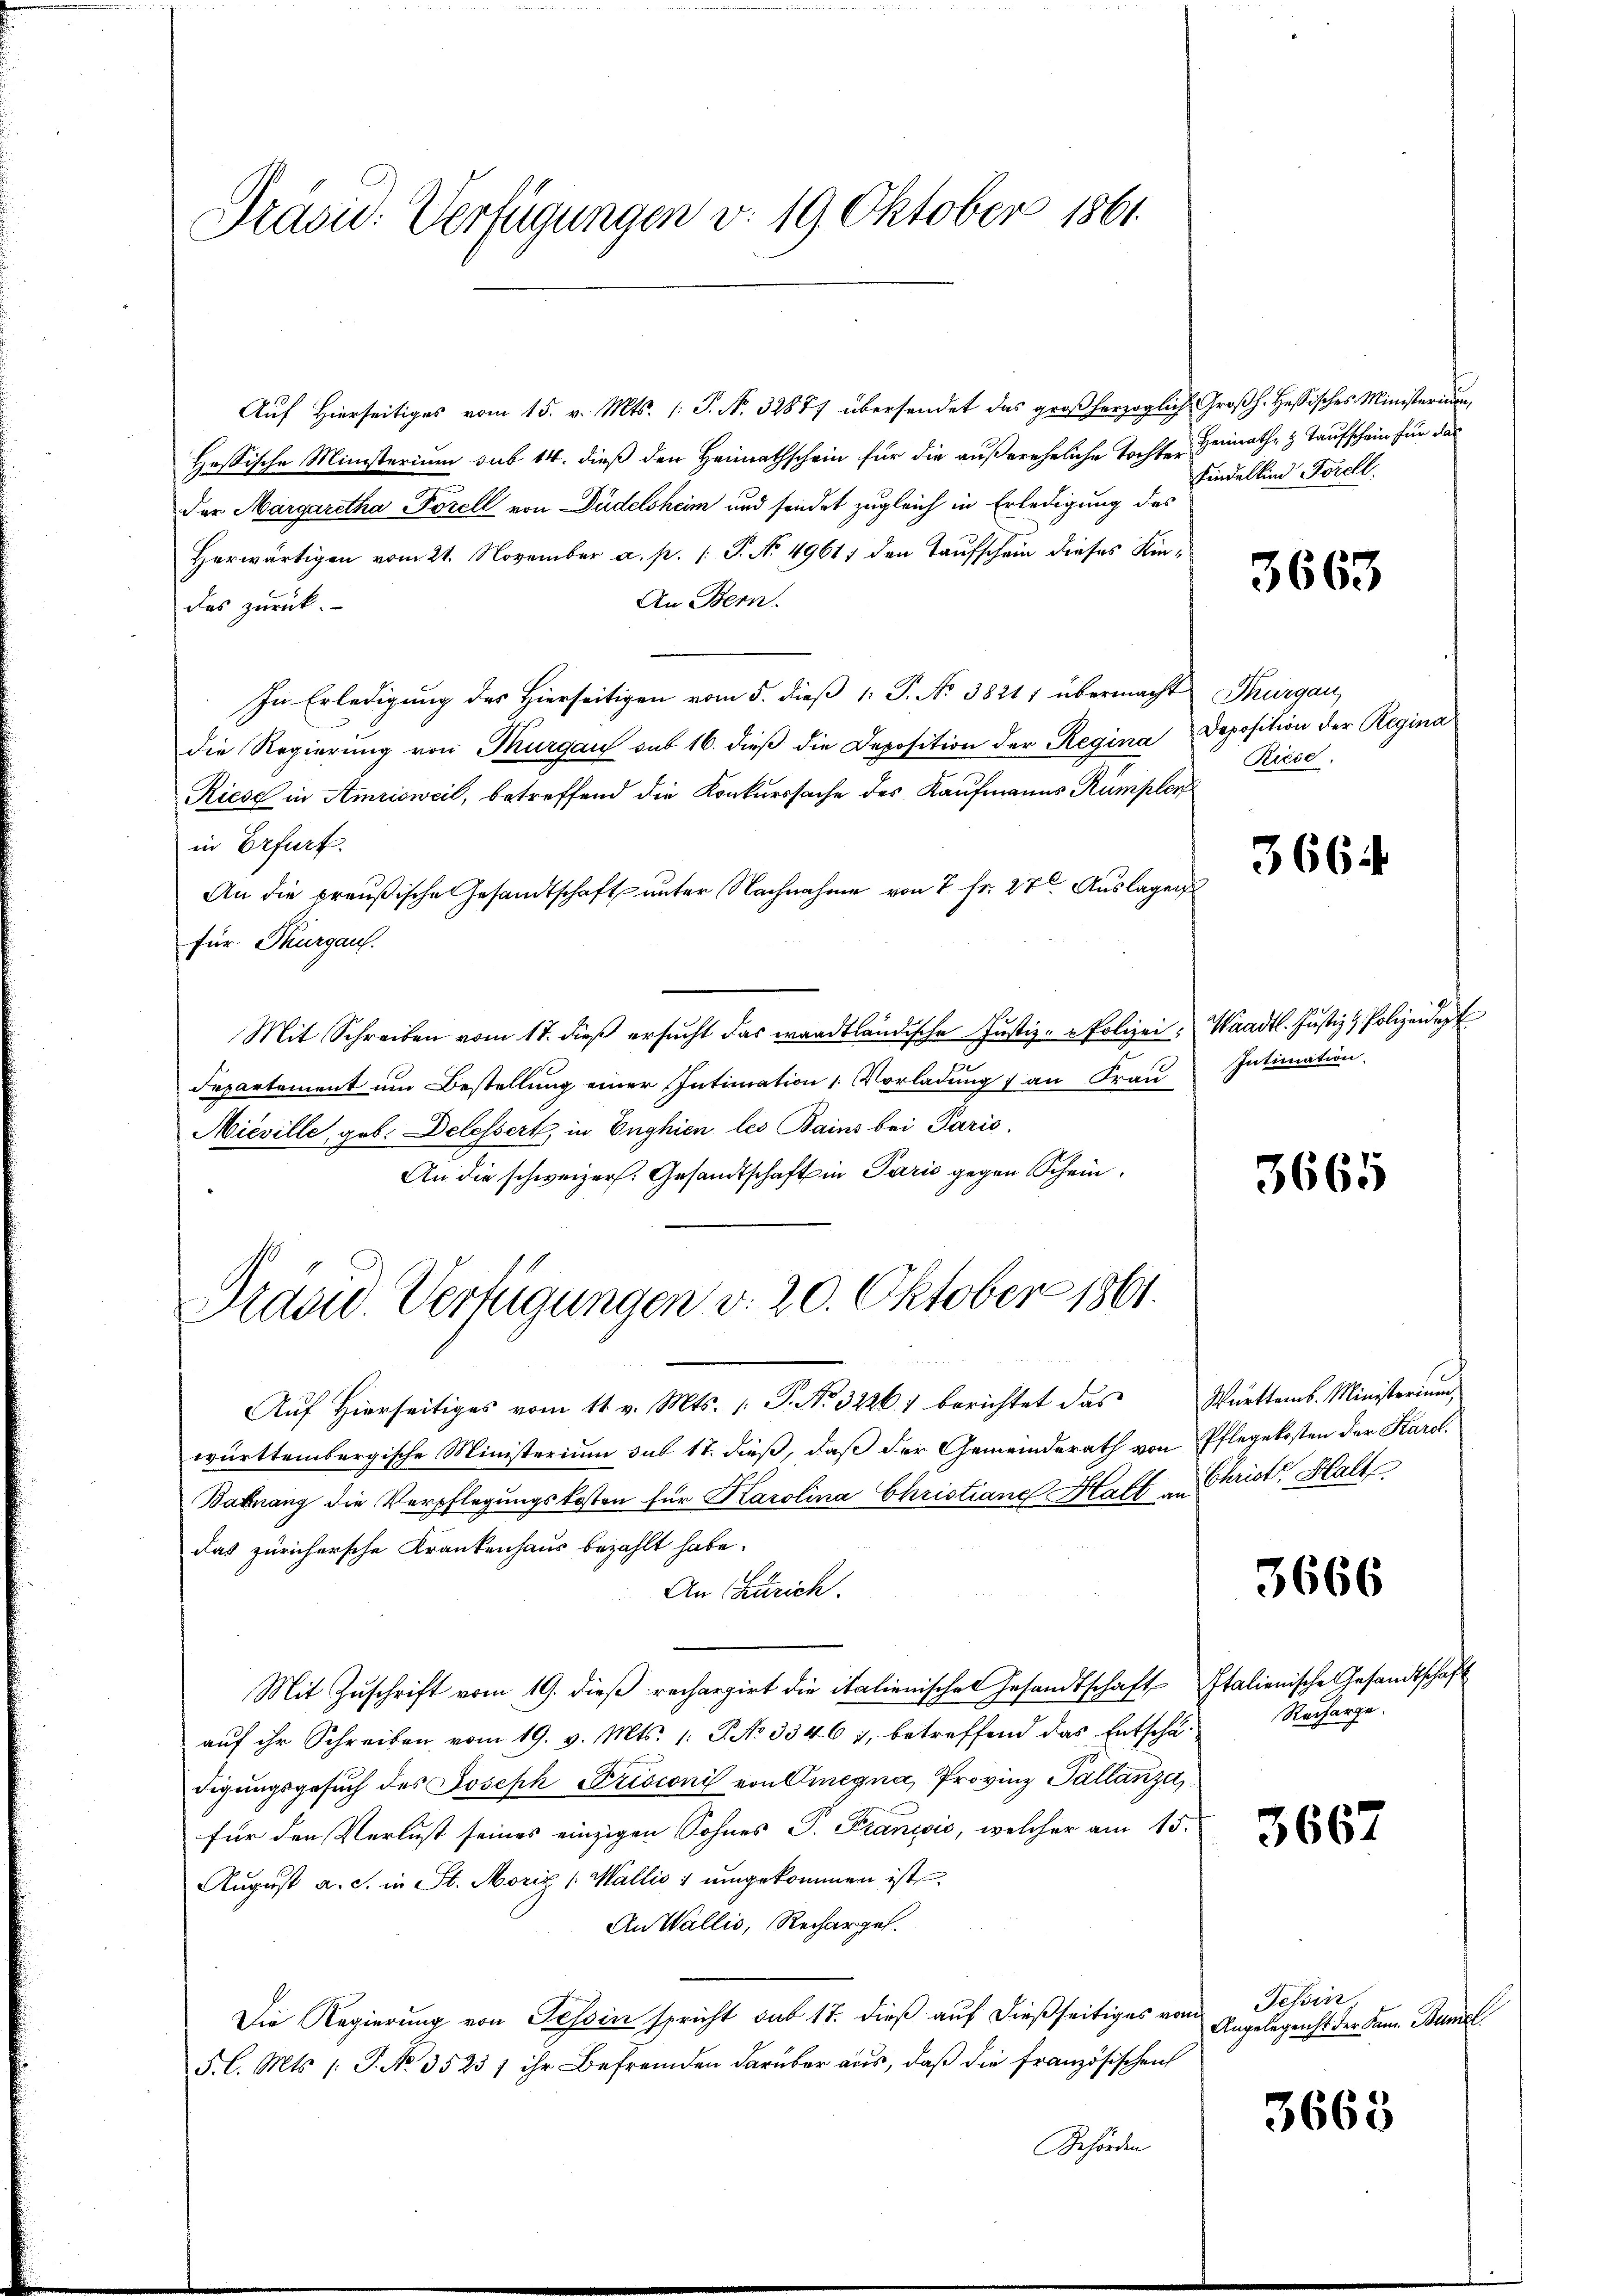
Auf Hierseitiges vom 15. v. Mts. P. Nr. 32877 übersendet das großherzoglich Großh. Hessisches Ministerium
Hessische Ministerium sub 14. dieß den Heimathschein für die außereheliche Tochter Heimathe z. Taufschein für das
der Margaretha Forell von Pudelsheim und sendet zugleich in Erledigung des
Herwärtigen vom 21. November a. p. /: P. No 49611 den Taufschein dieses Kin¬
An Bern.
das zurück.
In Erledigung des Hierseitigen vom 5. dieß 1: P. No 38211 übermacht Thurgau,
die Regierŭng von Thurgau sub 16. dieβ die Deposition der Regina Deposition der Regina
Riese in Amrisweil, betreffend die Konkurssache des Kaufmanns Rumpler
in Erfurt.
An die preußische Gesandtschaft unter Nachnahme von 7 fr. 27. Auslagen
für Thurgau.
Mit Schreiben vom 17. dieβ ersŭcht das waadtländische Justiz- & Polizei, Waadt. Justiz & Polizeidet
Departement ŭm Bestellŭng einer Intimation 1. Vorladŭng 1 an Fraŭ Intimation.
Nieville, geb. Delessert, in Enghien les Bains bei Paris,
An die schweizer. Gesandtschaft in Paris gegen Schein¬
Präsid. Verfügungen v. 20. Oktober 1861.
 Br 2
Aŭf Hierseitiges vom 11. v. Mts. 1. P. Nr. 32261 berichtet das Württemb. Ministerium
württembergische Ministerium sub 17. dieß, daß der Gemeinderath von Pflegekosten der Karol
Babnang die Verpflegungskosten für Karolina Christiane Haft in Christ. Halt
das Zürichersche Krankenhaus bezahlt habe.
An Zürich.
Mit Zuschrift vom 19. dieß rechargirt die italienischen Gesandtschaft Italienische Gesandtschaft
auf ihr Schreiben vom 19. v. Mts. 1. P. No 3346 u. betreffend das Entschädigungsgesŭch des Joseph Frisconi von Omegna, Provinz Pallanza
für den Verlust seines einzigen Sohnes P. Franzvić, welcher am 15.
August a. c. in St. Moriz (Wallis 1 umgekommen ist.
An Wallis, Recharges.
Die Regierung von Tessin spricht sub 17. dieß auf dießseitiges vom
F. l. Mts. /: P. No 3523 f ihr Befremden darüber aus, daß die Französischen
Behörden

Präsid. Verfügungen v. 19. Oktober 1861

Kindelkind Forell.

3663

Riese

3664

3665

3666

Recharge.

3667

Jchin,
Angelegenst der Kann Bamel

3668